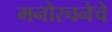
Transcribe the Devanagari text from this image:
मनोरचनेचे